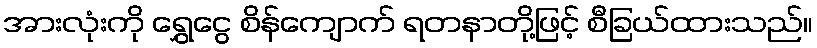
အားလုံးကို ရွှေငွေ စိန်ကျောက် ရတနာတို့ဖြင့် စီခြယ်ထားသည်။